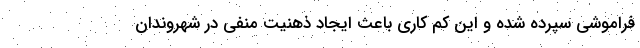
فراموشی سپرده شده و این کم کاری باعث ایجاد ذهنیت منفی در شهروندان